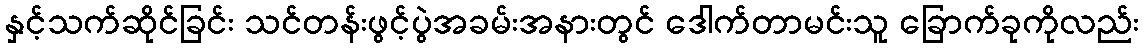
နှင့်သက်ဆိုင်ခြင်း သင်တန်းဖွင့်ပွဲအခမ်းအနားတွင် ဒေါက်တာမင်းသူ ခြောက်ခုကိုလည်း